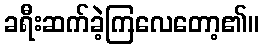
ခရီးဆက်ခဲ့ကြလေတော့၏။